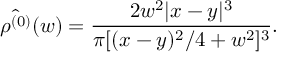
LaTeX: \hat { \rho ^ { ( 0 ) } } ( w ) = \frac { 2 w ^ { 2 } | x - y | ^ { 3 } } { \pi [ ( x - y ) ^ { 2 } / 4 + w ^ { 2 } ] ^ { 3 } } .